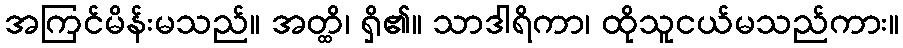
အကြင်မိန်းမသည်။ အတ္ထိ၊ ရှိ၏။ သာဒါရိကာ၊ ထိုသူငယ်မသည်ကား။